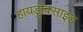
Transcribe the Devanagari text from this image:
हायड्रोक्साइड